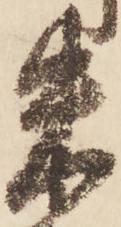
朱